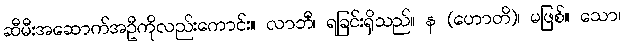
ဆီမီးအဆောက်အဦကိုလည်းကောင်း။ လာဘီ၊ ရခြင်းရှိသည်။ န (ဟောတိ)၊ မဖြစ်။ သော၊